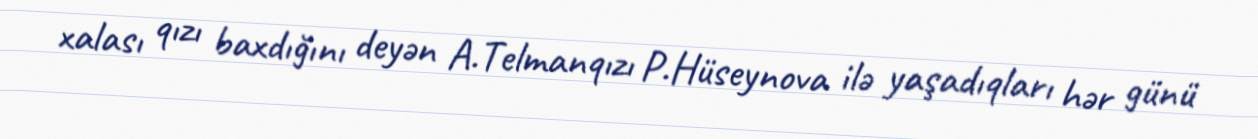
xalası qızı baxdığını deyən A.Telmanqızı P.Hüseynova ilə yaşadıqları hər günü